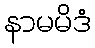
နာမမိဒံ